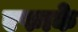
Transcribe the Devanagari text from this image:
एफाके